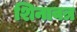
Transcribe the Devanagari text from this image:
शिनावत्र